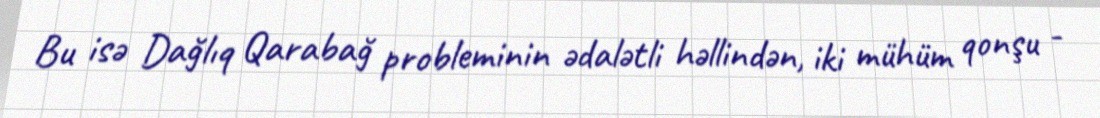
Bu isə Dağlıq Qarabağ probleminin ədalətli həllindən, iki mühüm qonşu -